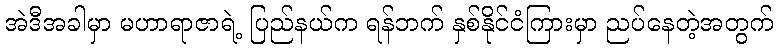
အဲဒီအခါမှာ မဟာရာဇာရဲ့ ပြည်နယ်က ရန်ဘက် နှစ်နိုင်ငံကြားမှာ ညပ်နေတဲ့အတွက်